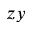
z y